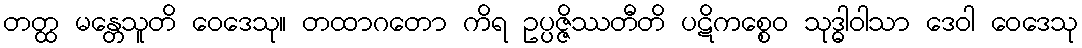
တတ္ထ မန္တေသူတိ ဝေဒေသု။ တထာဂတော ကိရ ဥပ္ပဇ္ဇိဿတီတိ ပဋိကစ္စေဝ သုဒ္ဓါဝါသာ ဒေဝါ ဝေဒေသု